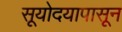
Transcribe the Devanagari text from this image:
सूयोदयापासून